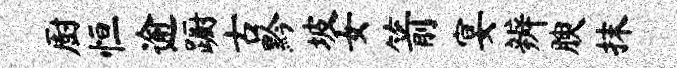
厨恒逾蹰古黔坡女箭宴辨腴抹